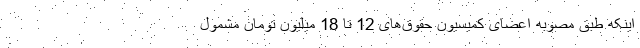
اینکه طبق مصوبه اعضای کمیسیون حقوق‌های 12 تا 18 میلیون تومان مشمول